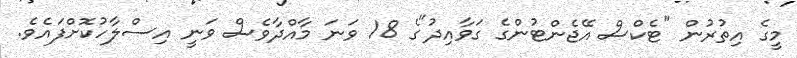
މީގެ އިތުރުން "ޓެކްސް އޭޖެންޓުންގެ ގަވާއިދު"ގެ 18 ވަނަ މާއްދާވެސް ވަނީ އިސްލާހުކޮށްފައެވެ.